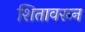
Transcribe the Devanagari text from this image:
शितावरून